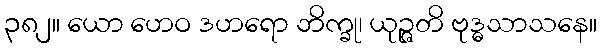
၃၈၂။ ယော ဟေဝ ဒဟရော ဘိက္ခု၊ ယုဉ္ဇတိ ဗုဒ္ဓသာသနေ။